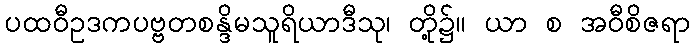
ပထဝီဥဒကပဗ္ဗတစန္ဒိမသူရိယာဒီသု၊ တို့၌။ ယာ စ အဝီစိဇရာ